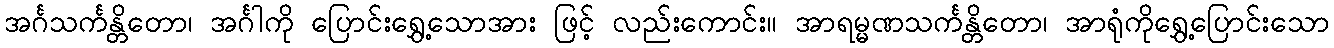
အင်္ဂသင်္ကန္တိတော၊ အင်္ဂါကို ပြောင်းရွှေ့သောအား ဖြင့် လည်းကောင်း။ အာရမ္မဏသင်္ကန္တိတော၊ အာရုံကိုရွှေ့ပြောင်းသော